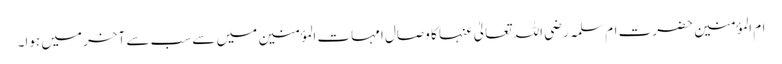
ام المؤمنین حضرتِ ام سلمہ رضی اللہ تعالیٰ عنہا کا وصال امہات المؤمنین میں سے سب سے آخر میں ہوا۔